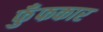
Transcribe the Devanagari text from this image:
फुँफकार